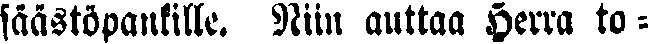
säästöpankille. Niin auttaa Herra to -